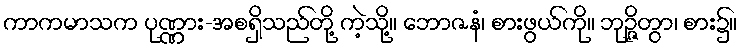
ကာကမာသက ပုဏ္ဏား-အစရှိသည်တို့ ကဲ့သို့။ ဘောဇနံ၊ စားဖွယ်ကို။ ဘုဉ္ဇိတွာ၊ စား၌။